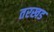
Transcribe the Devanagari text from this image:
तरखड